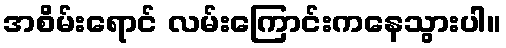
အစိမ်းရောင် လမ်းကြောင်းကနေသွားပါ။